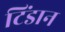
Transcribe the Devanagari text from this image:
टिंडान